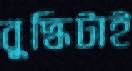
বুদ্ধিটাই